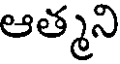
ఆత్మని